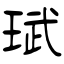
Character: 珷